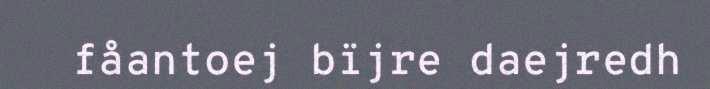
fåantoej bïjre daejredh